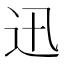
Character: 迅